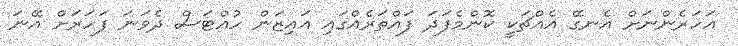
އަހަރެންނަށް އެނގޭ އެއްޗަކީ ކޮންމެފަދަ ފައްތަރެއްގައި އައިޒަން ހުއްޓަސް ދެވަނަ ފަހަރަށް އޭނަ